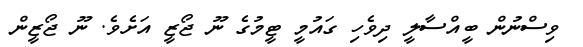
ވިސްނުން ބީއްސާލީ ދިވެހި ގައުމީ ޓީމުގެ ނޫ ޖޯޒީ އަށެވެ. ނޫ ޖޯޒީން